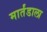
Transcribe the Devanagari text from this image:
मार्तंडाला